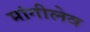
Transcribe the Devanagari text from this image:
मांगीलेव